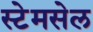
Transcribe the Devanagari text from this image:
स्टेमसेल